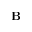
\textbf { B }